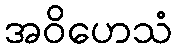
အဝိဟေသံ